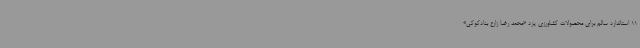
11 استاندارد سالم برای محصولات کشاورزی یزد «محمد رضا زارع بنادکوکی»